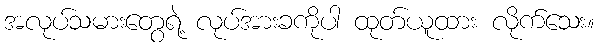
အလုပ်သမားတွေရဲ့ လုပ်အားခကိုပါ ထုတ်ယူထား လိုက်သေး။